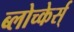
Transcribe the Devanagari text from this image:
ब्लोच्केर्स्